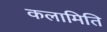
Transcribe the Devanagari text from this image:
कलामिति